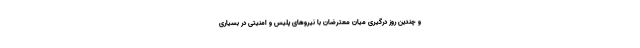
و چندین روز درگیری میان معترضان با نیروهای پلیس و امنیتی در بسیاری